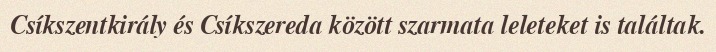
Csíkszentkirály és Csíkszereda között szarmata leleteket is találtak.